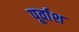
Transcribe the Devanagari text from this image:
पूर्वाश